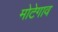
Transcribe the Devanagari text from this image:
मोटेगाव